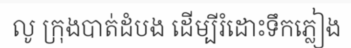
លូ ក្រុងបាត់ដំបង ដើម្បីរំដោះទឹកភ្លៀង